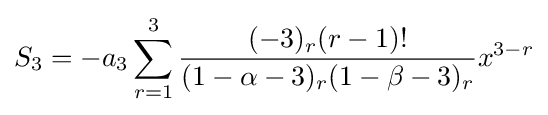
S_{3}=-a_{3}\sum _{r=1}^{3}{\frac {(-3)_{r}(r-1)!}{(1-\alpha -3)_{r}(1-\beta -3)_{r}}}x^{3-r}